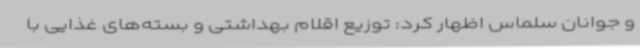
و جوانان سلماس اظهار کرد: توزیع اقلام بهداشتی و بسته‌های غذایی با